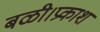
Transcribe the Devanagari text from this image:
बळी।प्रकाश